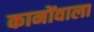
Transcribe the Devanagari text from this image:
कानोंवाला